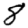
Digit: 8